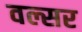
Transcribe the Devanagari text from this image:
वल्सर